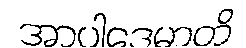
အာပါဒေမာတိ